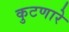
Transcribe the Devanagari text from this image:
कुटणारे